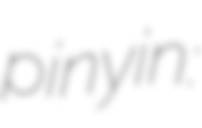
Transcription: pinyin: